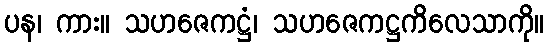
ပန၊ ကား။ သဟဇေကဋ္ဌံ၊ သဟဇေကဋ္ဌကိလေသာကို။